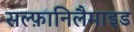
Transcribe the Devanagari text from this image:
सल्फ़ानिलैमाइड